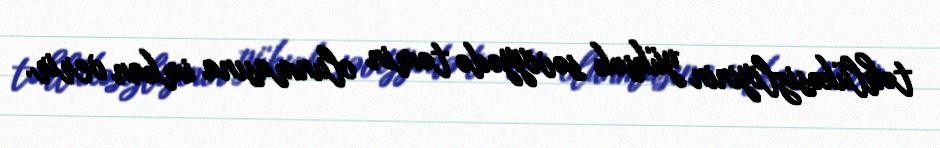
təhlükəsizliyinin yüksək səviyyədə təmin olunmasına imkan verir.